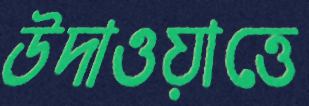
উদাওয়াত্তে